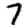
Digit: 7